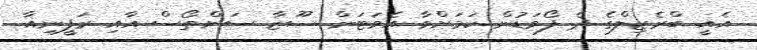
އެއީ ބްރެޒިލްގެ ދެ ފޯވަޑުން ކަމަށްވާ އެވަޓަން ސޫޒާ ސަންތޯސް އާއި ރަފީނިއާ